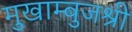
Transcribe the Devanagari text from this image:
मुखाम्बुजश्री